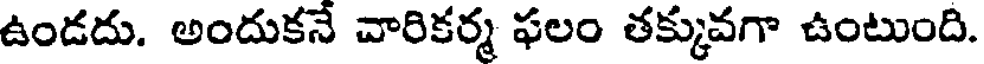
ఉండదు. అందుకనే చారికర్మ ఫలం తక్కువగా ఉంటుంది.